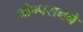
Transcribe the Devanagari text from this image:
थोम्पसनने